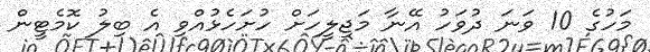
މަހުގެ 10 ވަނަ ދުވަހު އޭނާ މަޖިލީހަށް ހުށަހެޅުއްވި އެ ބިލު ކޮމެޓީން